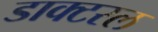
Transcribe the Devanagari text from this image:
डाक्टरल